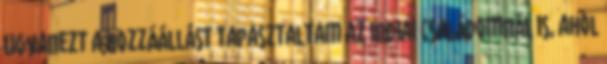
Ugyanezt a hozzáállást tapasztaltam az indiai családomnál is, ahol